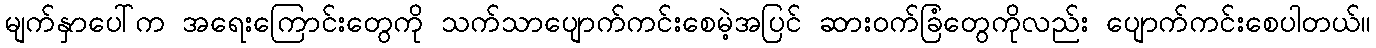
မျက်နှာပေါ်က အရေးကြောင်းတွေကို သက်သာပျောက်ကင်းစေမဲ့အပြင် ဆားဝက်ခြံတွေကိုလည်း ပျောက်ကင်းစေပါတယ်။